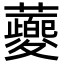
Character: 蘷